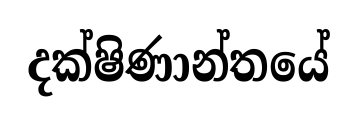
දක්ෂිණාන්තයේ